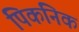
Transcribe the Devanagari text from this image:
पिकनिक